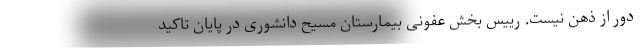
دور از ذهن نیست. رییس بخش عفونی بیمارستان مسیح دانشوری در پایان تاکید